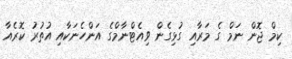
ކިމް ޖޮން ނަމް ގެ މަރާއި ގުޅިގެން ވިއެޓްނާމްގެ އަންހެނަކާއި އުުތުރު ކޮރެއާ